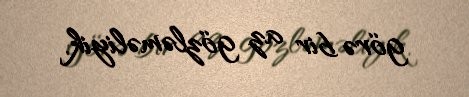
görə bir az gözləməliyik.